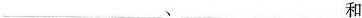
和___。